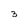
Character: 3